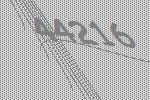
44216